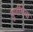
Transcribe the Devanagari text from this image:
पूर्णीमेचा